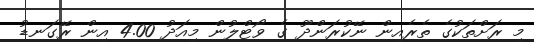
މި ރަށްތަކުގެ ތެރެއިން ނޭކުރަންދޫ ގެ ވޯޓްލުން މިއަދު 4.00 އިން ރޭގަނޑު